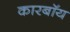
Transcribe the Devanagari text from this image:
कारबॉय